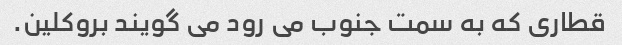
قطاری که به سمت جنوب می رود می گویند بروکلین.